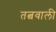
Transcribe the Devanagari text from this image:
तत्ववाली